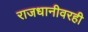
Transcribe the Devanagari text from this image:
राजधानीवरही